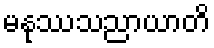
မနုဿသညာယာတိ